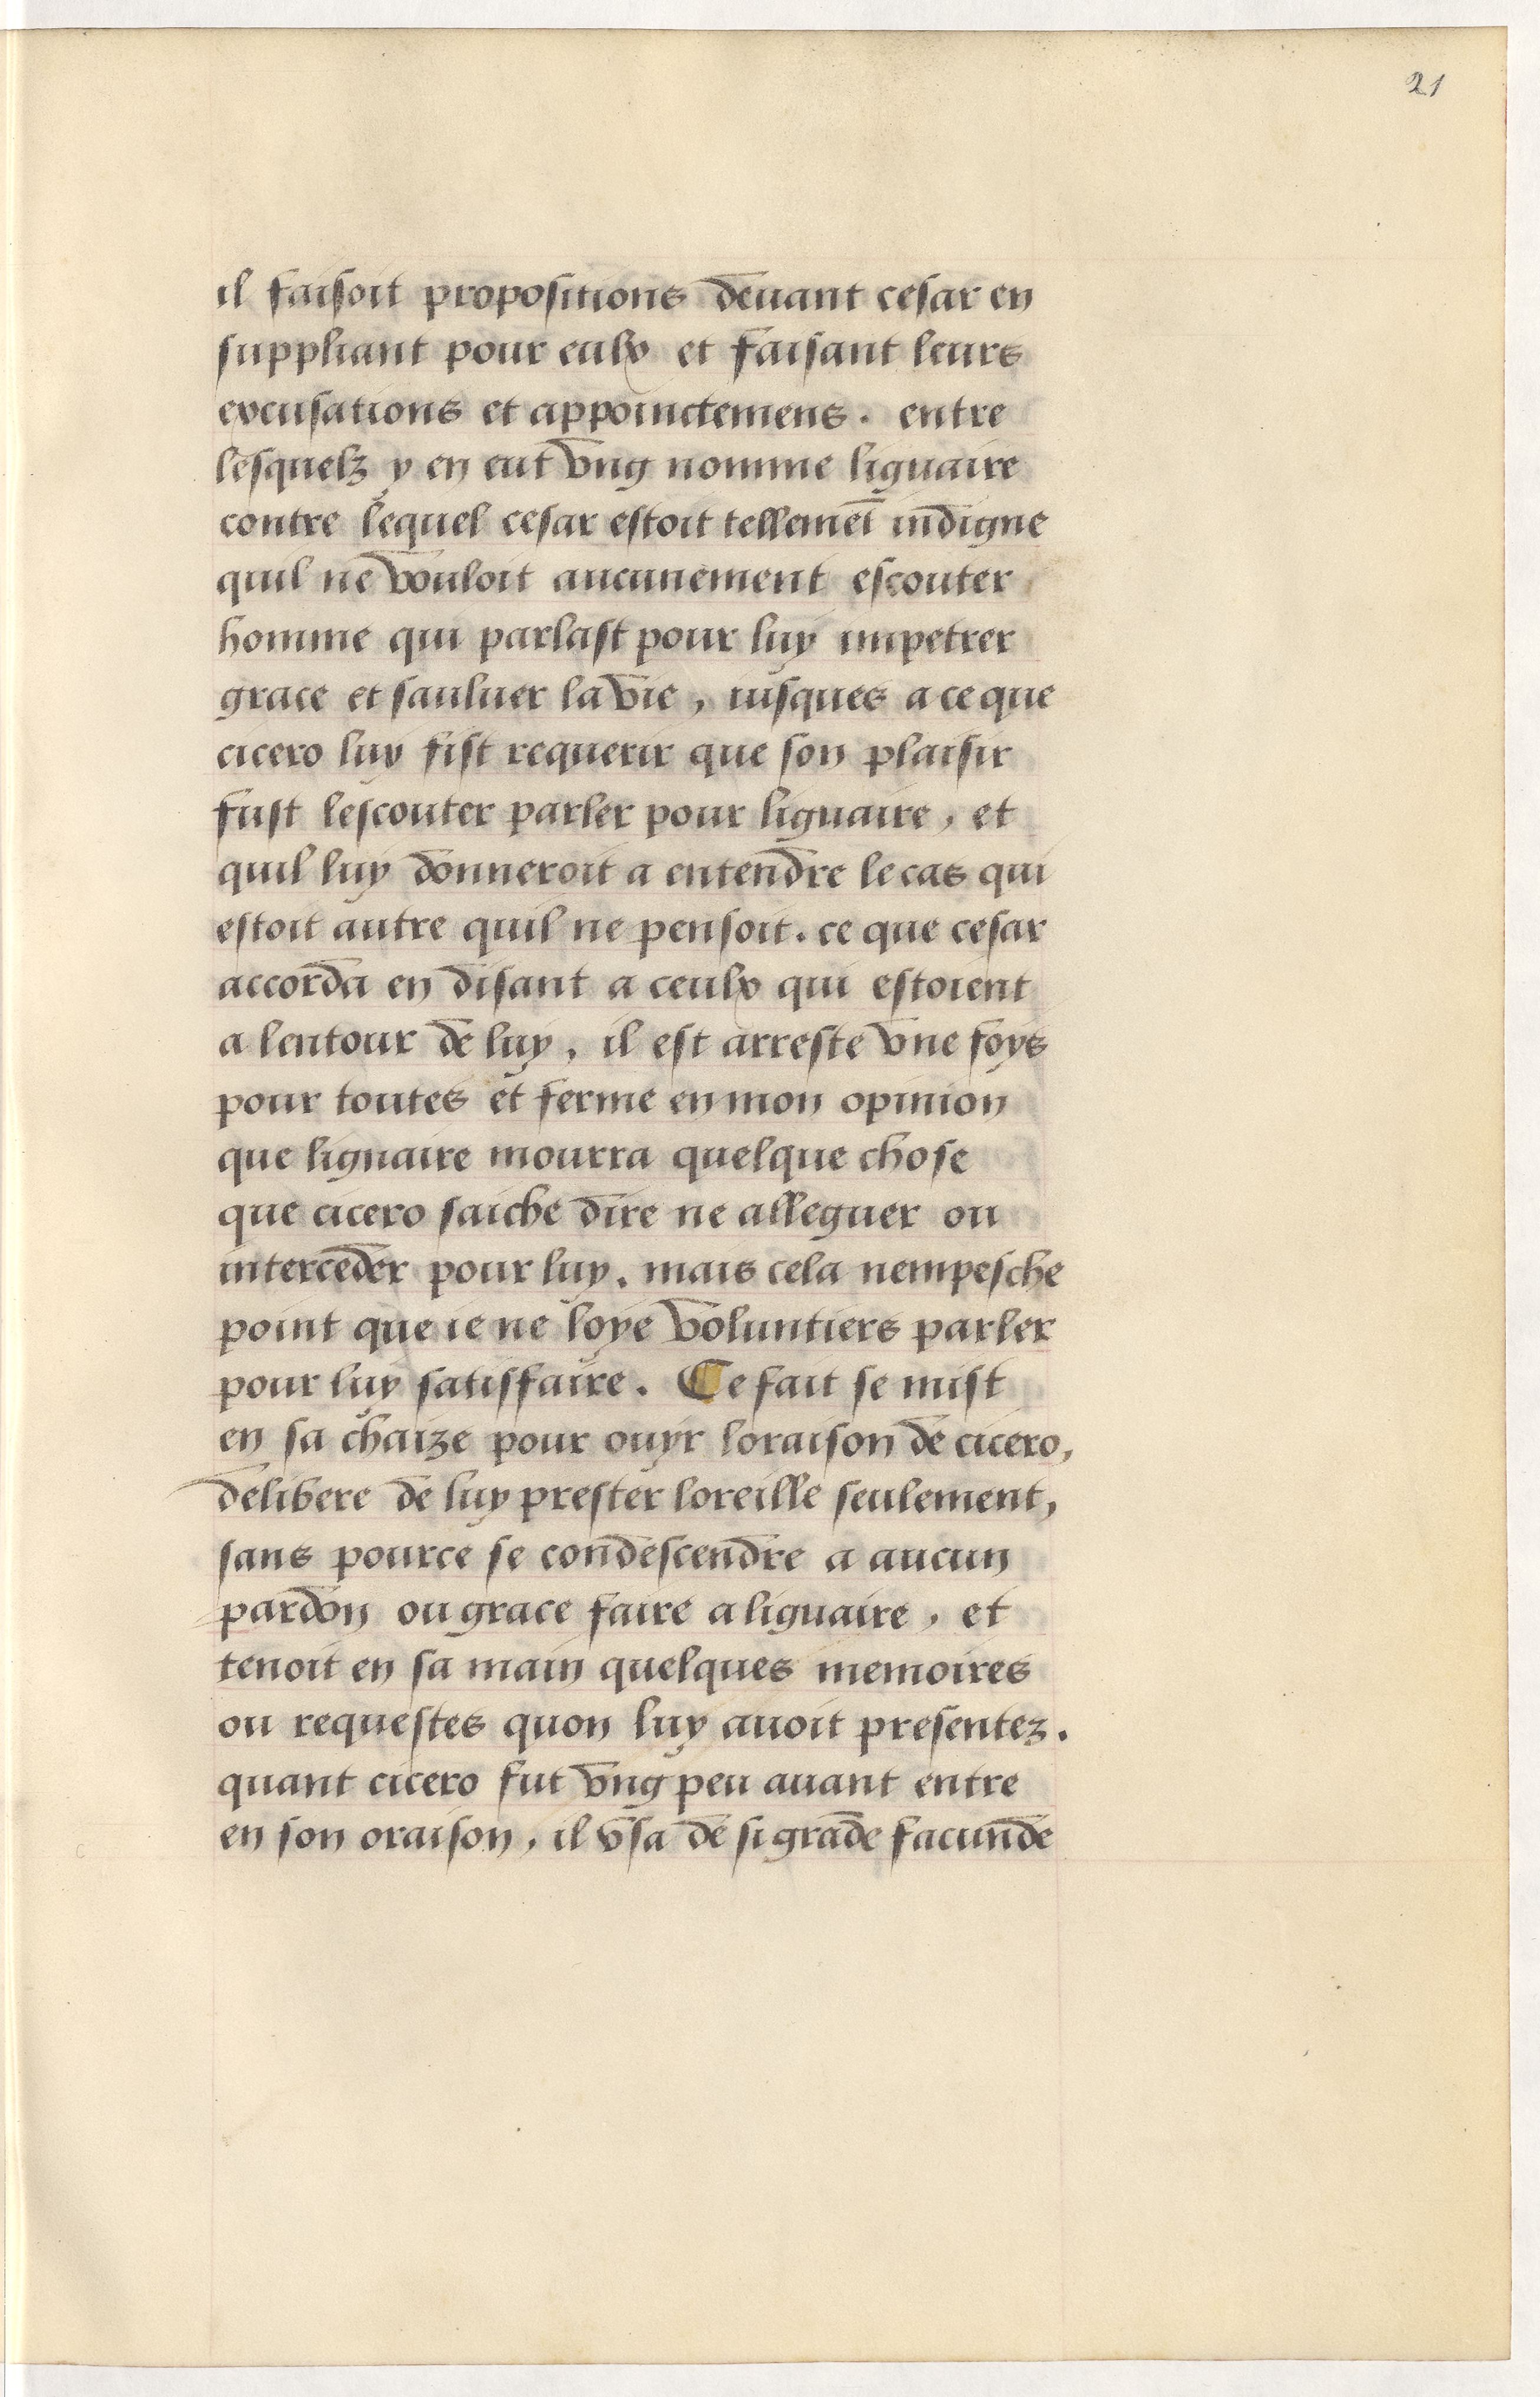
Shelfmark: Paris, BnF, Arsenal, 5103
Century: 15